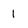
Character: 1